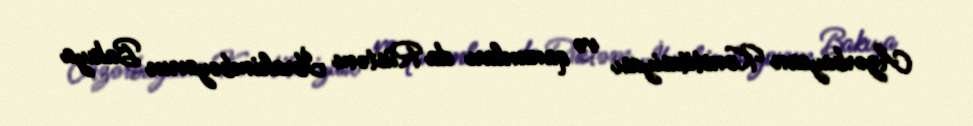
Azərbaycan Konstitusiyası və qanunları da Rüstəm İbrahimbəyovun Bakıya